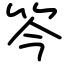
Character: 笒